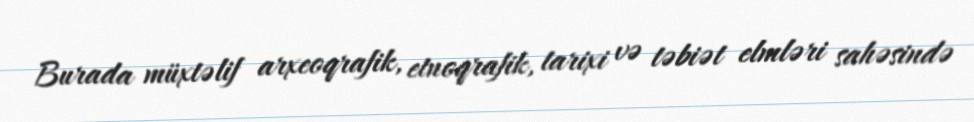
Burada müxtəlif arxeoqrafik, etnoqrafik, tarixi və təbiət elmləri sahəsində